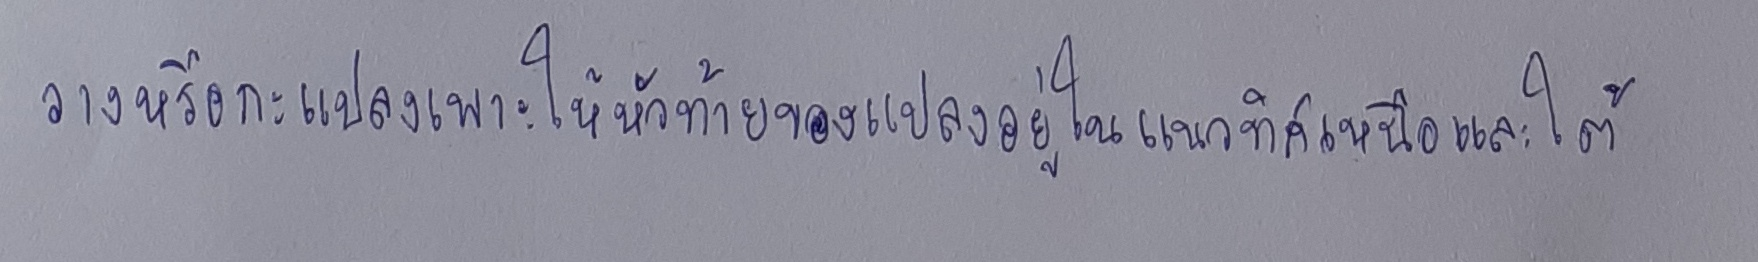
วางหรือกะแปลงเพาะให้หัวท้ายของแปลงอยู่ในแนวทิศเหนือและทิศใต้